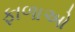
ફાળાઓ